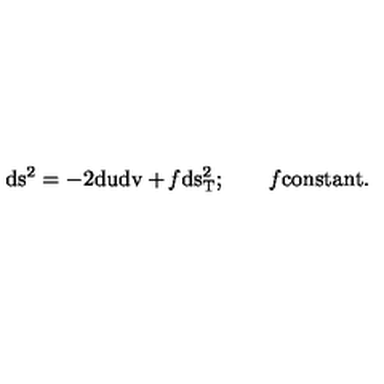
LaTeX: \mathrm { d s ^ { 2 } = - 2 d u d v + { \it f } d s _ { T } ^ { 2 } ; \quad \quad { \it f } c o n s t a n t . }